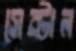
সেন্টাল